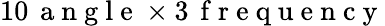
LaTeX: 10\, \mathrm{~a~n~g~l~e~}\times 3\, \mathrm{~f~r~e~q~u~e~n~c~y~}